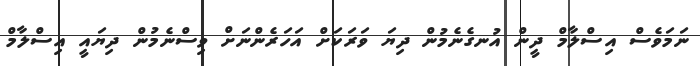
ނަމަވެސް އިސްލާމް ދީން އުނގެނެމުން ދިޔަ ވަރަކަށް އަހަރެންނަށް ވިސްނެމުން ދިޔައީ އިސްލާމް